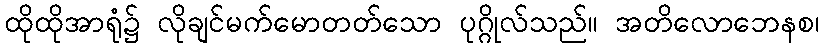
ထိုထိုအာရုံ၌ လိုချင်မက်မောတတ်သော ပုဂ္ဂိုလ်သည်။ အတိလောဘေနစ၊